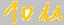
Text: 10u